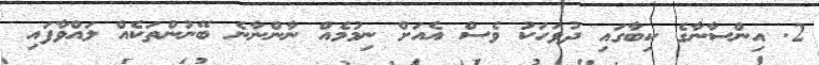
2. އިންސާނާގެ ކިބާގައި ދުވަހަކު ވެސް އެއަށް ނިމުމެއް ނާންނާނެ ބޭނުންތަކެއް ލައްވާފައި